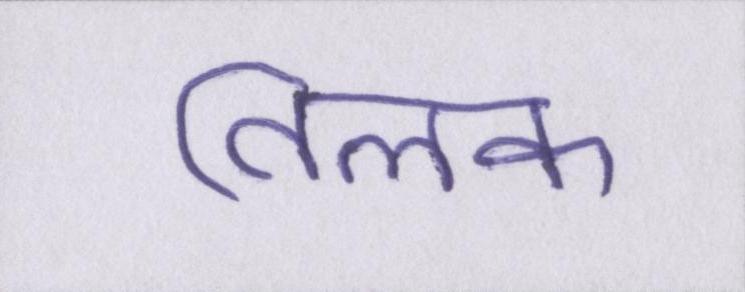
तिलक